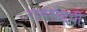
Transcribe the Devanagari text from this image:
रामसेतूची